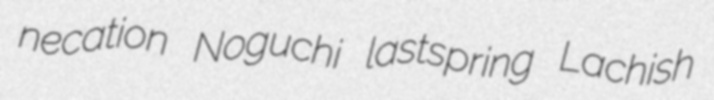
necation Noguchi lastspring Lachish